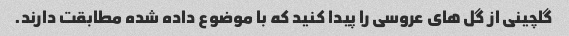
گلچینی از گل های عروسی را پیدا کنید که با موضوع داده شده مطابقت دارند.